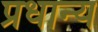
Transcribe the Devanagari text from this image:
प्रधान्य